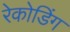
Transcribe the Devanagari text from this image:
रेकोडिंग